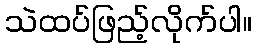
သဲထပ်ဖြည့်လိုက်ပါ။